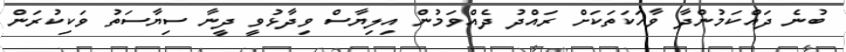
ބުނެ ދައްކަމުންދާ ވާހަކަތަކަށް ރައްދު ދެއްވަމުން އިލިޔާސް ވިދާޅުވީ ދީނާ ސިޔާސަތު ވަކިކުރަން